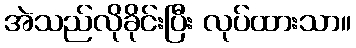
အဲသည်လိုခိုင်းပြီး လုပ်ထားသာ။